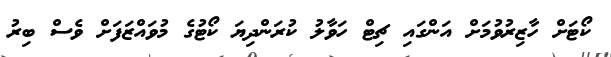
ކޯޓަށް ހާޒިރުވުމަށް އަންގައި ޗިޓް ހަވާލު ކުރަންދިޔަ ކޯޓުގެ މުވައްޒަފަށް ވެސް ބިރު